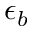
\epsilon _ { b }